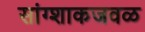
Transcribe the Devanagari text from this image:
सांग्शाकजवळ